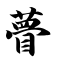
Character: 瞢